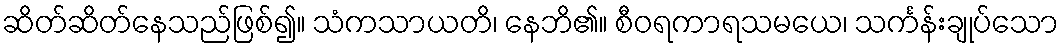
ဆိတ်ဆိတ်နေသည်ဖြစ်၍။ သံကသာယတိ၊ နေဘိ၏။ စီဝရကာရသမယေ၊ သင်္ကန်းချုပ်သော